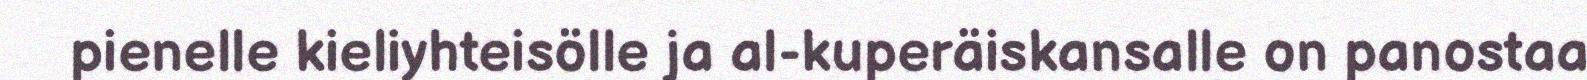
pienelle kieliyhteisölle ja al-kuperäiskansalle on panostaa